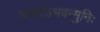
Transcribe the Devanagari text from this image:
व्याधोऽभवन्मुनिः